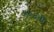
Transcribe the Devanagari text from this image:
१०४वी